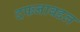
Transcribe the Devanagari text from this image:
दफनाबद्दल